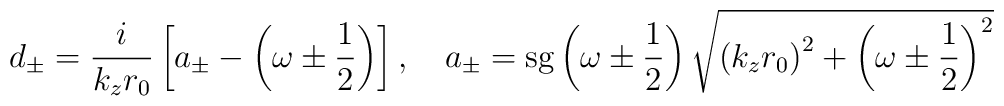
d_\pm= \frac{i}{k_z r_0} \left[ a_\pm -\left(\omega \pm \frac12 \right) \right], \quad a_\pm =\textrm{sg} \left(\omega \pm \frac12 \right) \sqrt{\left( k_z r_0 \right)^2 +\left(\omega \pm \frac12 \right)^2}